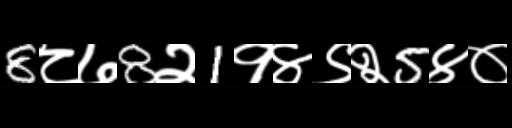
Text: 8८७8२1१४९२5४०